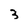
Character: 3